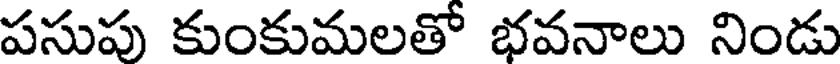
పసుపు కుంకుమలతో భవనాలు నిండు